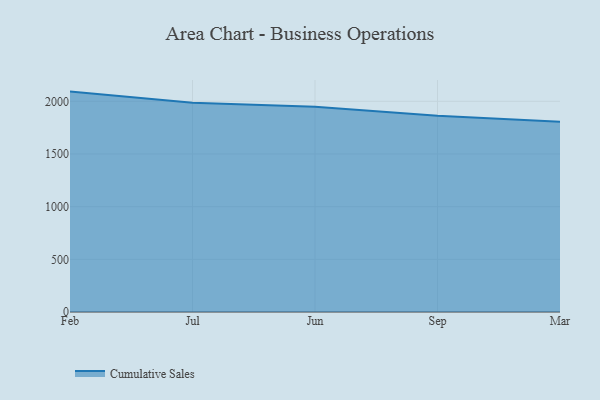
{"axis": {"x": "Month", "y": "Temperature (°C)"}, "legend": ["Cumulative Sales"], "data": [{"x": "Feb", "y": 2092.3, "type": "Cumulative Sales"}, {"x": "Jul", "y": 1986.7, "type": "Cumulative Sales"}, {"x": "Jun", "y": 1949.6, "type": "Cumulative Sales"}, {"x": "Sep", "y": 1864.2, "type": "Cumulative Sales"}, {"x": "Mar", "y": 1805.9, "type": "Cumulative Sales"}]}